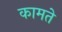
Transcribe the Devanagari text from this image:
कामते